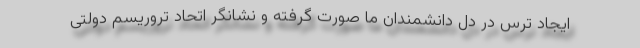
ایجاد ترس در دل دانشمندان ما صورت گرفته و نشانگر اتحاد تروریسم دولتی